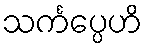
သင်္ကပ္ပေဟိ